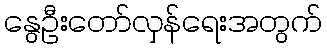
နွေဦးတော်လှန်ရေးအတွက်